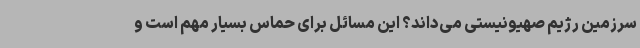
سرزمین رژیم صهیونیستی می‌داند؟ این مسائل برای حماس بسیار مهم است و